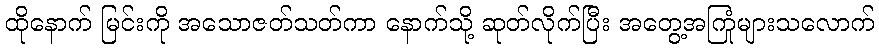
ထိုနောက် မြင်းကို အသောဇတ်သတ်ကာ နောက်သို့ ဆုတ်လိုက်ပြီး အတွေ့အကြုံများသလောက်